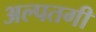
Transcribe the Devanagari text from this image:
अल्पतगी